Annual administration report of the Civil Veterinary Department of India - 1898-1899
Year: 1898
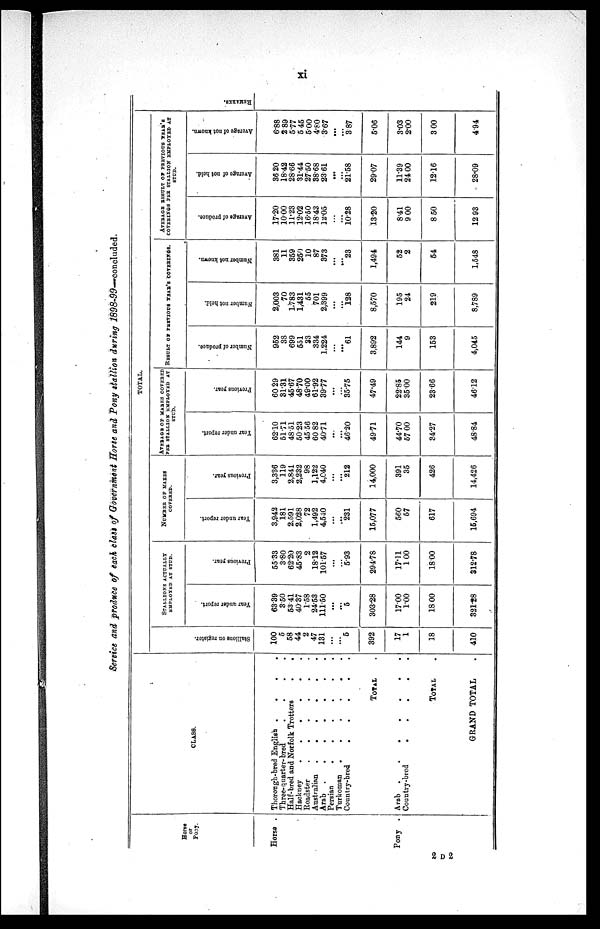
xi
Service and produce of each class of Government Horse and Pony stallion during 1898-99—concluded.
Horse
or
Pony.
Horse .
Pony .
CLASS.
Thorough-bred English . . . .
Three-quarter-bred . . . .
Half-bred and Norfolk Trotters . . . .
Hackney
.
.
.
.
Roadster
.
.
.
.
Australian
.
.
.
.
Arab
.
.
.
.
Persian
.
.
.
.
Turkoman
.
.
.
.
Country-bred
.
.
.
.
TOTAL .
Arab
.
.
.
.
Country-bred
.
.
.
.
TOTAL
.
GRAND TOTAL
.
TOTAL.
Stallions on register.
100
5
58
44
2
47
131
...
...
5
392
17
1
18
410
STALLIONS ACTUALLY
EMPLOYED AT STUD.
Year under report.
63.39
3.50
53.41
40.37
1.58
24.53
111.50
...
...
5
303.28
17.00
1.00
18.00
321.28
Pr evi ous year.
55.33
3.80
62.20
45.83
2
18.12
101.57
...
...
5.93
294.78
17.11
100
18.00
312.78
NUMBER OF MARES
COVERED.
Year under report.
3,942
181
2,591
2,028
72
1,492
4,540
...
...
231
15,077
560
57
617
15,694
Previous year.
3,336
119
2,841
2,232
98
1,122
4,040
...
...
212
14,000
391
35
426
14,426
AVERAGE OF MARES COVERED
PER STALLION EMPLOYED AT
STUD.
Year under report.
62.10
51.71
48.51
50.23
45.56
60.82
40.71
...
...
46.20
49.71
44.70
57.00
34.27
48.84
Pr evi ous year.
60.29
31.31
45.67
48.70
49.00
61.92
39.77
...
...
35.75
47.49
22.85
35.00
23.66
46.12
RESULT OF PREVIOUS YEAR'S COVERINGS.
Nu mb e r of produce.
952
38
699
551
33
334
1,224
...
...
61
3,892
144
9
153
4,045
Nu mb e r not hel d.
2,003
70
1,783
1,431
55
701
2,399
...
...
128
8,570
195
24
219
8,789
Nu mb e r not known.
381
11
359
250
10
87
373
...
...
23
1,494
52
2
54
1,548
AVERAGE RESULT OF PREVIOUS YEAR'S
COVERINGS PER STALLION EMPLOYED AT
STUD.
Ave r
a ge of produce.
17.20
10.00
11.23
12.02
16.50
18.43
12.05
...
...
10.28
13.20
8.41
9.00
8.50
12 93
Aver age of not hel d.
36.20
18.42
28.66
31.44
27.50
38.68
2361
...
...
21.58
29.07
11.39
24.00
12.16
28.09
Ave r
a ge of not known.
6.88
2.89
5.77
5 45
5.00
4.80
3.67
...
...
3.87
5.06
3.03
2.00
3.00
4.94
REMARKS.
2 D 2